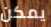
يمكن